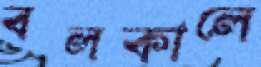
বলকালে